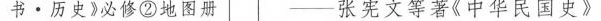
书·历史》必修②地图册 ——张宪文等著《中华民国史》